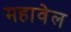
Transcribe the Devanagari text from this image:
महावेल